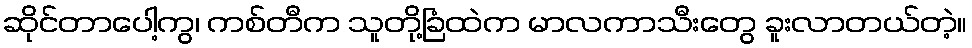
ဆိုင်တာပေါ့ကွ၊ ကစ်တီက သူတို့ခြံထဲက မာလကာသီးတွေ ခူးလာတယ်တဲ့။